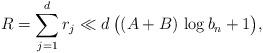
LaTeX: \begin{align*}R=\sum_{j=1}^{d}r_j\ll d\,\big((A+B)\,\log b_n+1\big), \end{align*}